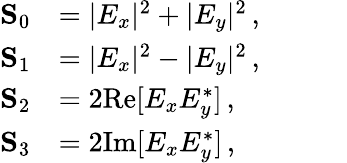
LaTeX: \begin{array}{rl}{\mathbf{S}_{0}}&{=|E_{x}|^{2}+|E_{y}|^{2}\, ,\phantom{ZZZZ}}\\ {\mathbf{S}_{1}}&{=|E_{x}|^{2}-|E_{y}|^{2}\, ,}\\ {\mathbf{S}_{2}}&{=2\mathrm{Re}[E_{x}E_{y}^{\ast}]\, ,}\\ {\mathbf{S}_{3}}&{=2\mathrm{Im}[E_{x}E_{y}^{\ast}]\, ,}\end{array}